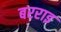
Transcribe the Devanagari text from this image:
बरराइ